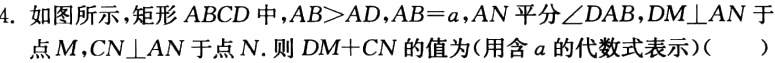
4. 如图所示，矩形 \(ABCD\) 中，\(AB > AD\)，\(AB = a\)，\(AN\) 平分 \(\angle DAB\)，\(DM\perp AN\) 于点 \(M\)，\(CN\perp AN\) 于点 \(N\)。则 \(DM + CN\) 的值为(用含 \(a\) 的代数式表示)(  )